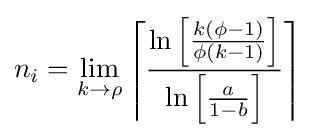
n_{i}=\lim _{k\to \rho }\left\lceil {\frac {\ln \left[{\frac {k(\phi -1)}{\phi (k-1)}}\right]}{\ln \left[{\frac {a}{1-b}}\right]}}\right\rceil